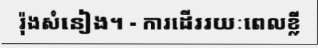
រ៉ុងសំនៀង។ - ការដើររយៈពេលខ្លី